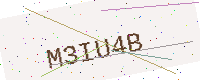
Text: M3IU4B